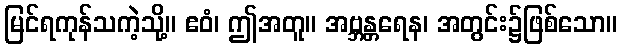
မြင်ရကုန်သကဲ့သို့။ ဧဝံ၊ ဤအတူ။ အဗ္ဘန္တရေန၊ အတွင်း၌ဖြစ်သော။